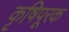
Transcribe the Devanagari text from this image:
कृषिपूरक